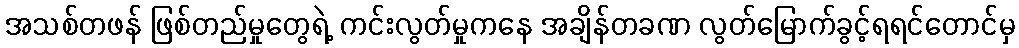
အသစ်တဖန် ဖြစ်တည်မှုတွေရဲ့ ကင်းလွတ်မှုကနေ အချိန်တခဏ လွတ်မြောက်ခွင့်ရရင်တောင်မှ